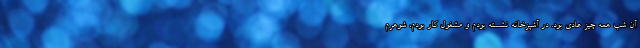
آن شب همه چیز عادی بود. در آشپزخانه نشسته بودم و مشغول کار بودم، شوهرم